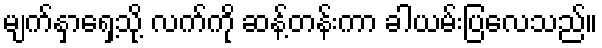
မျက်နှာရှေ့သို့ လက်ကို ဆန့်တန်းကာ ခါယမ်းပြလေသည်။